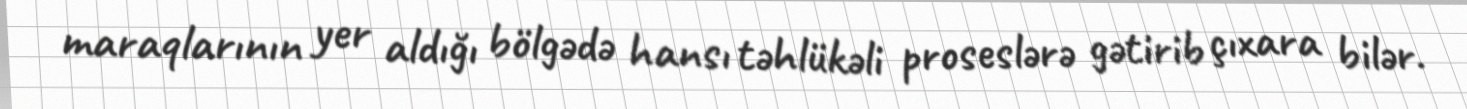
maraqlarının yer aldığı bölgədə hansı təhlükəli proseslərə gətirib çıxara bilər.